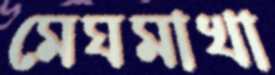
মেঘমাখা